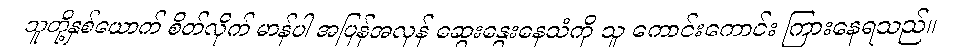
သူတို့နှစ်ယောက် စိတ်လိုက် မာန်ပါ အပြန်အလှန် ဆွေးနွေးနေသံကို သူ ကောင်းကောင်း ကြားနေရသည်။